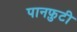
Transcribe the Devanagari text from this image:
पानफ़ुटी